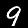
Label: 9